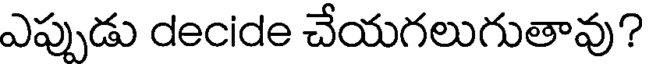
ఎప్పుడు decide చేయగలుగుతావు?